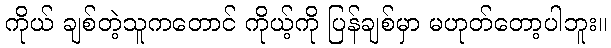
ကိုယ် ချစ်တဲ့သူကတောင် ကိုယ့်ကို ပြန်ချစ်မှာ မဟုတ်တော့ပါဘူး။